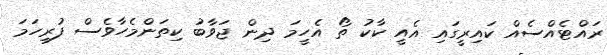
ރައްޓެއްސެއް ކައިރީގައި އެއީ ކާކު ތޯ އެހީމަ ދިން ޖަވާބު ކިތަންމެހާވެސް ފުރިހަމަ